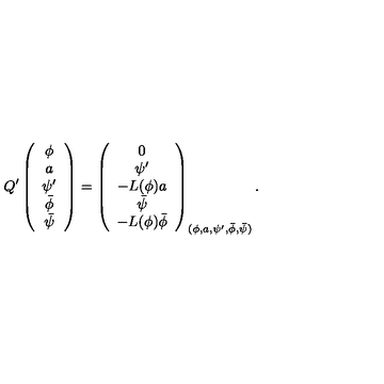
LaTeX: Q ^ { \prime } \left( \begin{array} { c } { \phi } \\ { a } \\ { \psi ^ { \prime } } \\ { \bar { \phi } } \\ { \bar { \psi } } \\ \end{array} \right) = \left( \begin{array} { c } { 0 } \\ { \psi ^ { \prime } } \\ { - L ( \phi ) a } \\ { \bar { \psi } } \\ { - L ( \phi ) \bar { \phi } } \\ \end{array} \right) _ { ( \phi , a , \psi ^ { \prime } , \bar { \phi } , \bar { \psi } ) } .